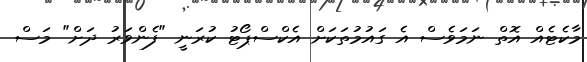
މާކެޓެއް އޮތް ނަމަވެސް އެ ގައުމުތަކަށް އެކްސްޕޯޓު ކުރަނީ "ފެންވަރު ދަށް" މަސް